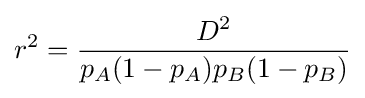
r^{2}={\frac {D^{2}}{p_{A}(1-p_{A})p_{B}(1-p_{B})}}